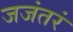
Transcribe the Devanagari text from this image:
जजंतरं